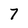
Character: 7